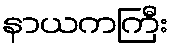
နာယကကြီး